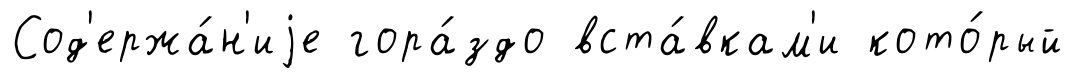
Сод'ержа́н'иjе гора́здо вста́вкам'и кото́рый